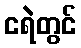
ငရဲတွင်